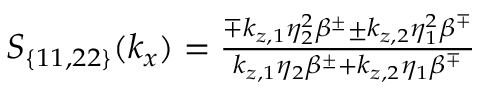
\begin{array} { r } { S _ { \{ 1 1 , 2 2 \} } ( k _ { x } ) = \frac { \mp k _ { z , 1 } \eta _ { 2 } ^ { 2 } \beta ^ { \pm } \pm k _ { z , 2 } \eta _ { 1 } ^ { 2 } \beta ^ { \mp } } { k _ { z , 1 } \eta _ { 2 } \beta ^ { \pm } + k _ { z , 2 } \eta _ { 1 } \beta ^ { \mp } } } \end{array}